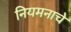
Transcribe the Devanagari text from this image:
नियमनाचे